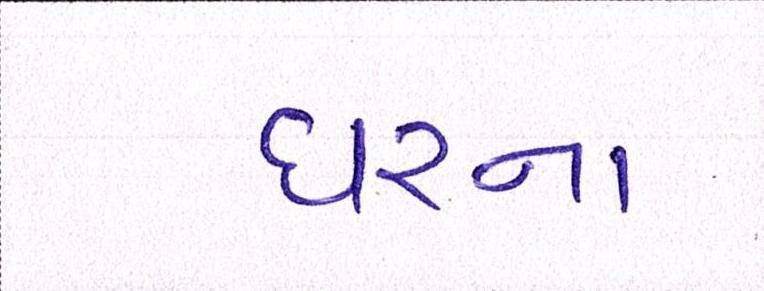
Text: ઘરના